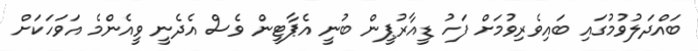
ބައްދަލުވުމުގައި ބައިވެރިވުމަށް ފަހު ޑީއާރުޕީން ބުނީ އެޕާޓީން ވެސް އެދެނީ ވީއެންމެ އަވަހަކަށް